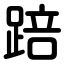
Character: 踣